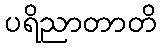
ပရိညာတာတိ